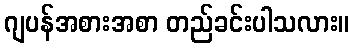
ဂျပန်အစားအစာ တည်ခင်းပါသလား။